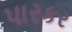
પારકર